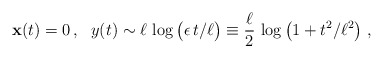
\begin{align*}{\bf x}(t)=0\,,~~ y(t)\sim\ell\,\log\big(\epsilon\,t/\ell\big)\equiv \frac{\ell}{2}\,\log\left(1+t^2/\ell^2\right)\,,\end{align*}